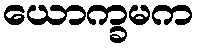
ယောက္ခမက